EAOK_Sinod, lk 9
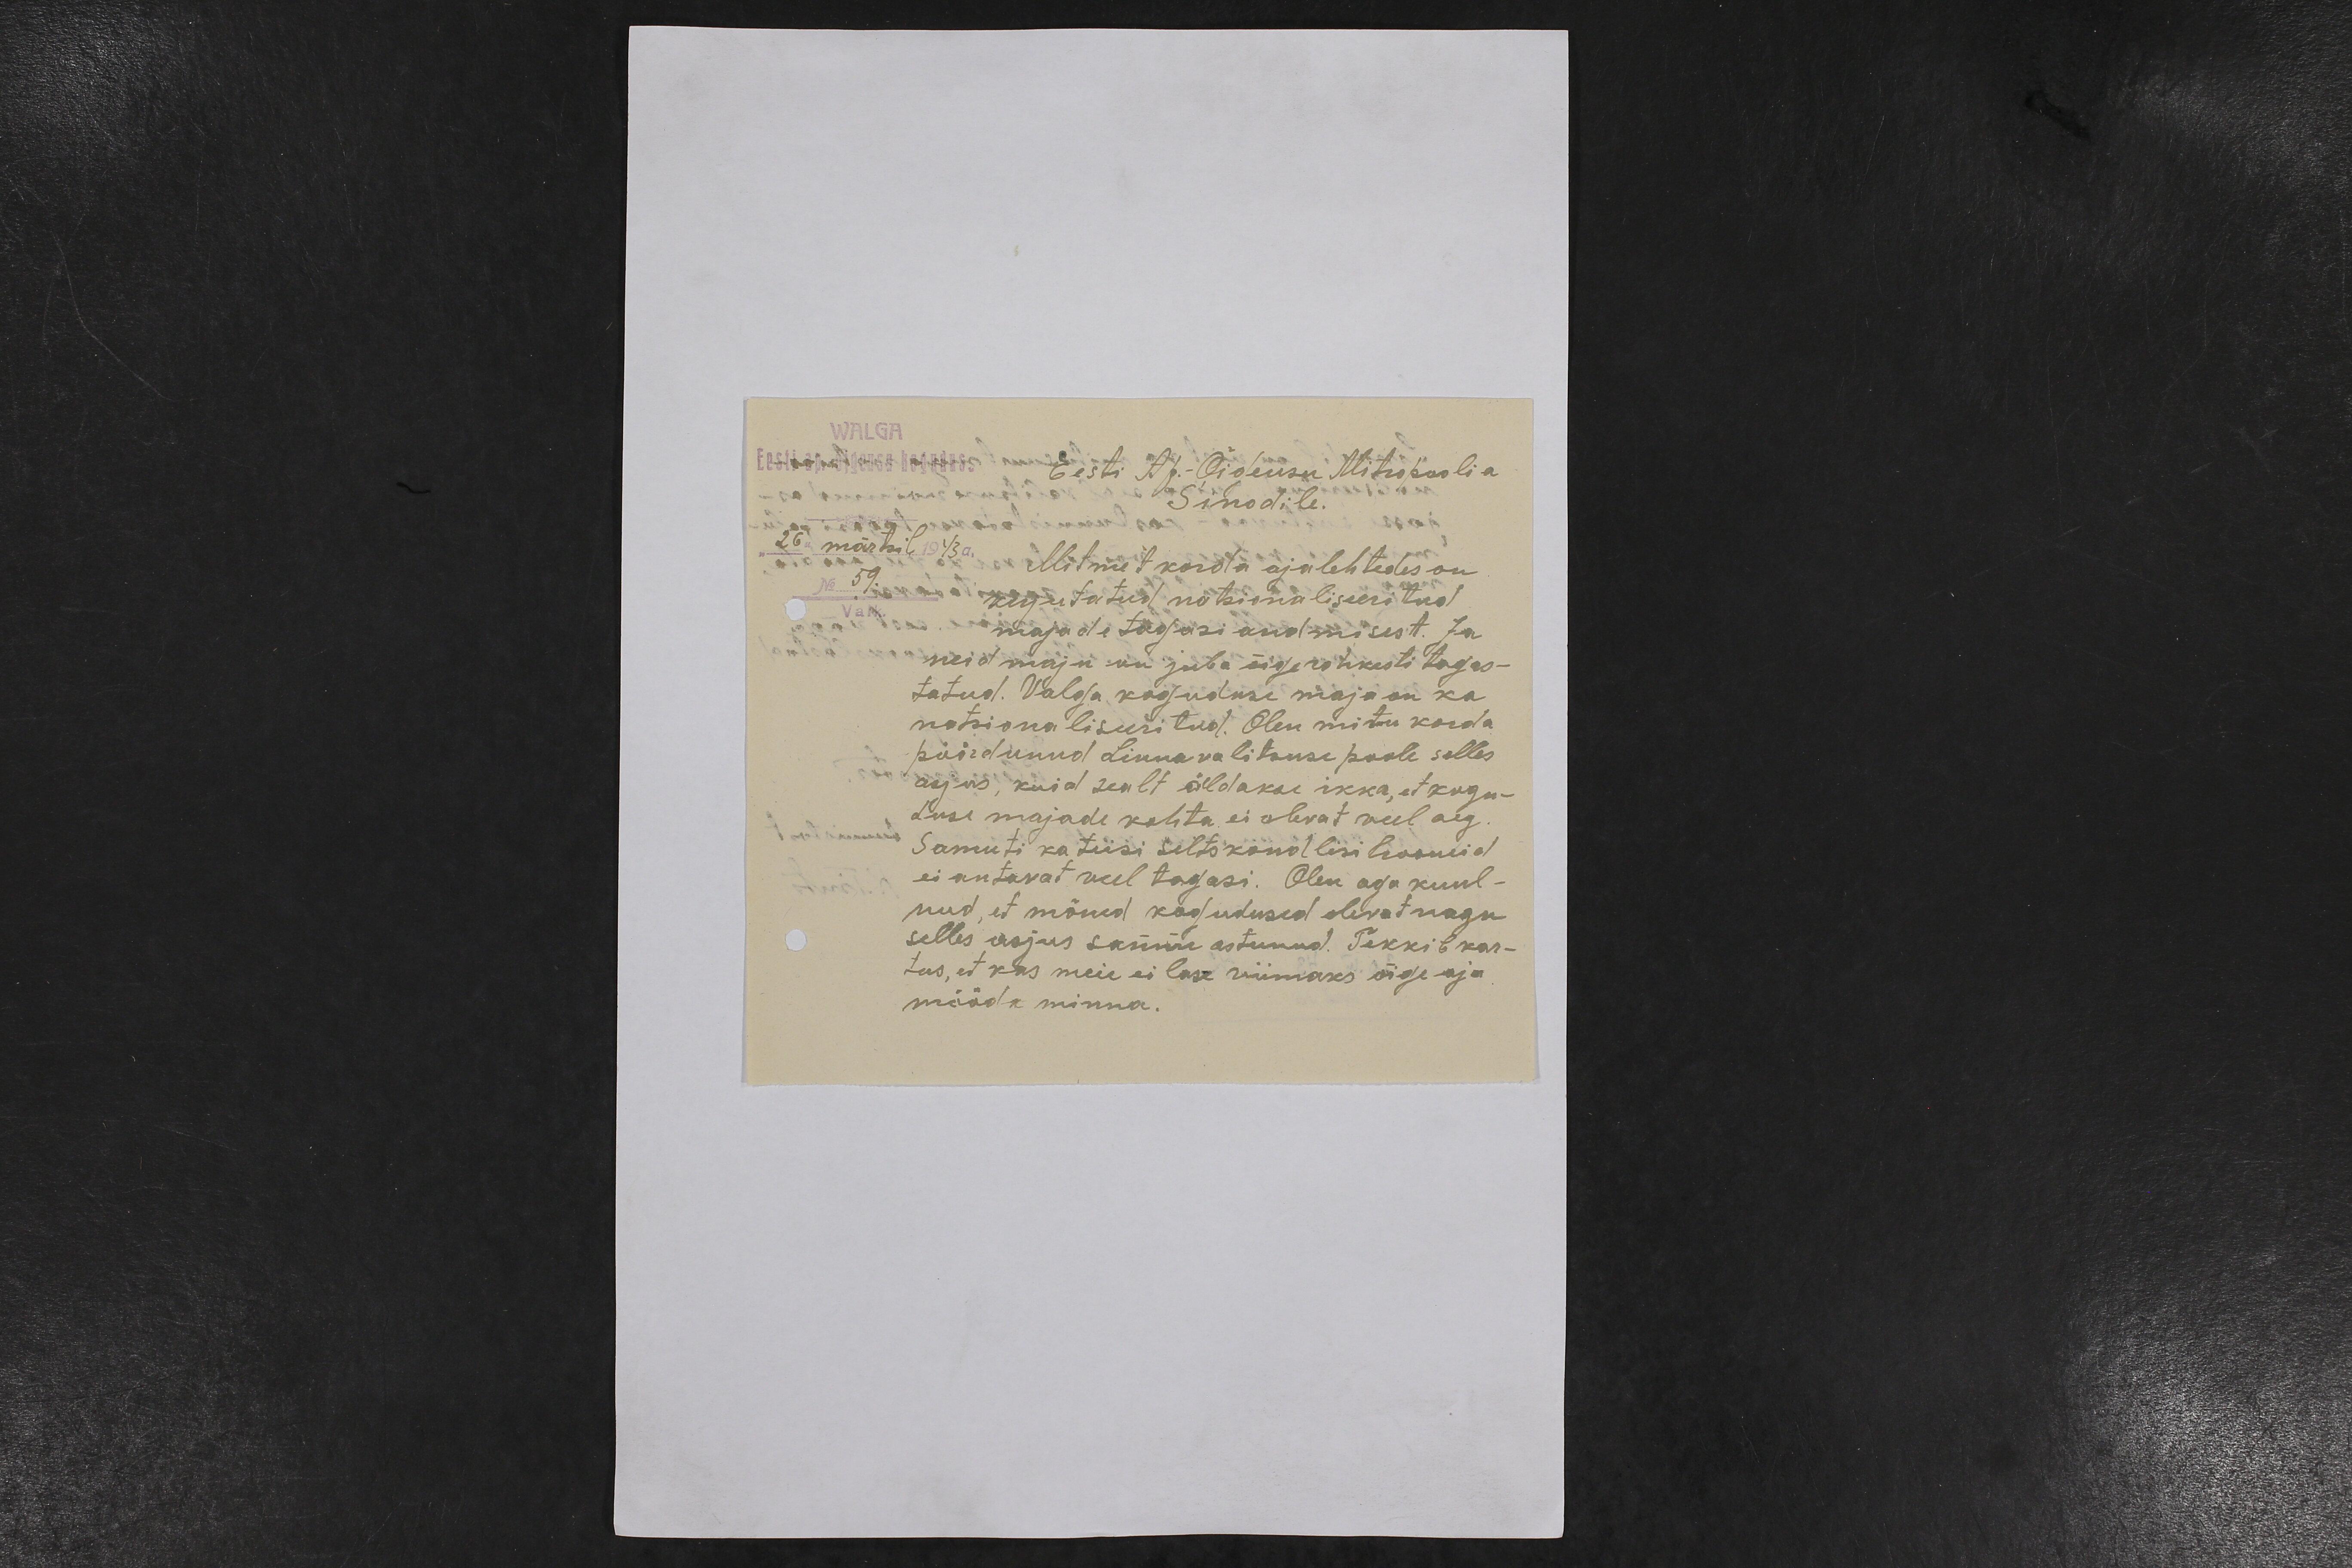
Eesti Ap.-Õigeusu Mitropoolia
Sinodile.
Mitmet korda ajalehtedes on
kirjutatud natsionaliseeritud
majade tagasi andmisest. Ja
neid maju on juba õige rohkesti tagas-
tatud. Valga koguduse maja on ka
natsionaliseeritud. Olen mitu korda
pöördunud Linnavalitsuse poole selles
asjas, kuid sealt öeldakse ikka, et kogu-
duse majade kohta ei olevat veel aeg.
Samuti ka teisi seltskondlisi hooneid
ei antavat veel tagasi. Olen aga kuul-
nud, et mõned kogudused olevat nagu
selles asjus sammu astunud. Tekkib kar-
tus, et kas meie ei lase viimaks õige aja
mööda minna.